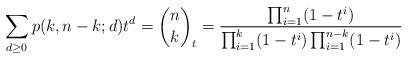
LaTeX: \begin{align*}\sum_{d\geq 0}p(k, n-k; d)t^d =\binom{n}{k}_t=\frac{\prod_{i=1}^{n}(1-t^i)}{\prod_{i=1}^{k}(1-t^i)\prod_{i=1}^{n-k}(1-t^i)}\end{align*}